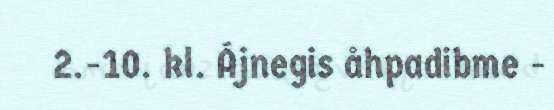
2.-10. kl. Ájnegis åhpadibme -